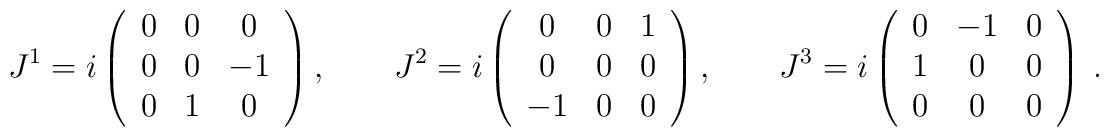
{J}^{1} = i\left (\begin{array}{ccc}0      &   0      &     0      \\0      &   0      &   - 1      \\0      &   1      &     0\end{array}\right ),\quad \quad{J}^{2} = i\left (\begin{array}{ccc}0      &   0      &    1     \\0      &   0      &    0     \\-1     &   0      &    0\end{array}\right ),\quad \quad{J}^{3} = i\left (\begin{array}{ccc}0      &  - 1      &    0     \\1      &    0      &    0     \\0      &    0      &    0\end{array}\right )~.